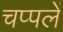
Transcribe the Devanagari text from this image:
चप्‍पलें